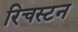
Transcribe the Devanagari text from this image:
रिचस्टन